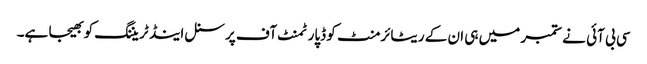
سی بی آئی نے ستمبر میں ہی ان کے ریٹائرمنٹ کو ڈپارٹمنٹ آف پرسنل اینڈ ٹریننگ کو بھیجا ہے۔